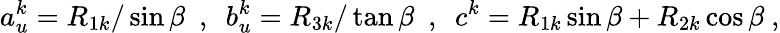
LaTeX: a_{u}^{k}=R_{1k}/\sin\beta~~,~~b_{u}^{k}=R_{3k}/\tan\beta~~,~~c^{k}=R_{1k}\sin\beta+R_{2k}\cos\beta~,